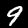
Digit: 9